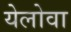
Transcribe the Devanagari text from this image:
येलोवा